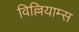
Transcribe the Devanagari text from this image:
विल्लियाम्स